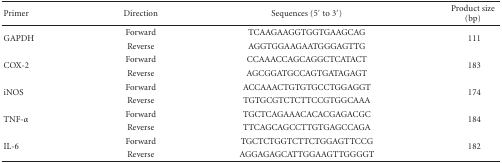
<table><thead><tr><td><b>Primer</b></td><td><b>Direction</b></td><td><b>Sequences (5<sup>′</sup> to 3<sup>′</sup>)</b></td><td><b>Product size (bp)</b></td></tr></thead><tbody><tr><td rowspan="2">GAPDH</td><td>Forward</td><td>TCAAGAAGGTGGTGAAGCAG</td><td rowspan="2">111</td></tr><tr><td>Reverse</td><td>AGGTGGAAGAATGGGAGTTG</td></tr><tr><td rowspan="2">COX-2</td><td>Forward</td><td>CCAAACCAGCAGGCTCATACT</td><td rowspan="2">183</td></tr><tr><td>Reverse</td><td>AGCGGATGCCAGTGATAGAGT</td></tr><tr><td rowspan="2">iNOS</td><td>Forward</td><td>ACCAAACTGTGTGCCTGGAGGT</td><td rowspan="2">174</td></tr><tr><td>Reverse</td><td>TGTGCGTCTCTTCCGTGGCAAA</td></tr><tr><td rowspan="2">TNF-<i>α</i></td><td>Forward</td><td>TGCTCAGAAACACACGAGACGC</td><td rowspan="2">184</td></tr><tr><td>Reverse</td><td>TTCAGCAGCCTTGTGAGCCAGA</td></tr><tr><td rowspan="2">IL-6</td><td>Forward</td><td>TGCTCTGGTCTTCTGGAGTTCCG</td><td rowspan="2">182</td></tr><tr><td>Reverse</td><td>AGGAGAGCATTGGAAGTTGGGGT</td></tr></tbody></table>